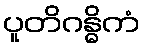
ပူတိဂန္ဓိကံ